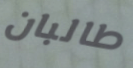
طالبان